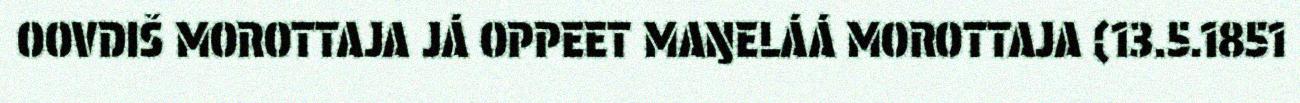
OOVDIŠ MOROTTAJA JÁ OPPEET MAŊELÁÁ MOROTTAJA (13.5.1851